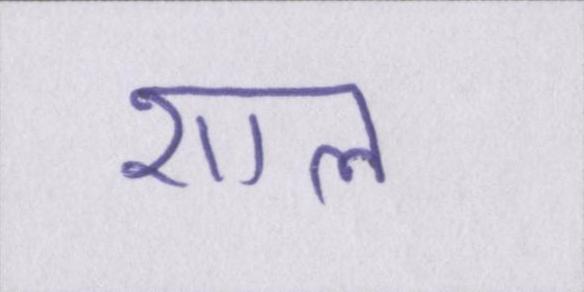
शाल